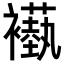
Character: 𬡵